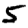
Digit: 5